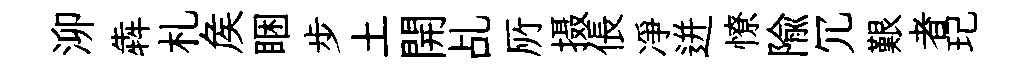
泖犇札矦睏步土開乩𠩄摄倀凈迸憭隃冗艱者玘